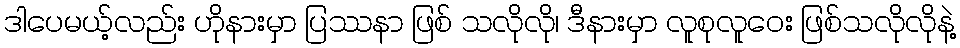
ဒါပေမယ့်လည်း ဟိုနားမှာ ပြဿနာ ဖြစ် သလိုလို၊ ဒီနားမှာ လူစုလူဝေး ဖြစ်သလိုလိုနဲ့